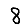
Digit: 8